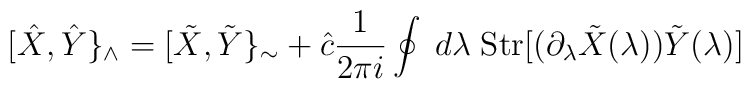
[\hat{X}, \hat{Y}\}_\wedge=[\tilde{X}, \tilde{Y}\}_\sim+\hat{c}\frac{1}{2\pi i}  \oint\;d\lambda\;{\rm Str}[(\partial_\lambda\tilde{X}(\lambda))  \tilde{Y}(\lambda)]